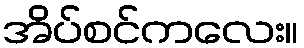
အိပ်စင်ကလေး။